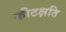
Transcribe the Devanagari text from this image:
कीटक्षति